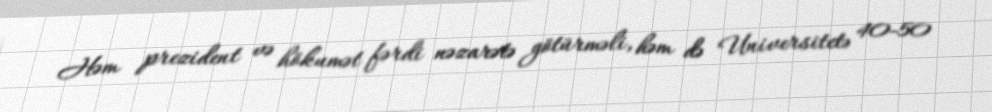
Həm prezident və hökumət fərdi nəzarətə götürməli, həm də Universitetə 40-50